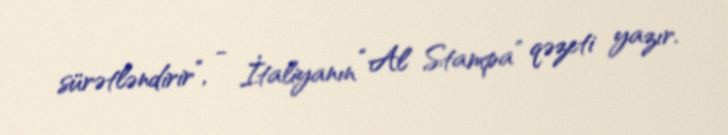
sürətləndirir”, - İtaliyanın “Al Stampa” qəzeti yazır.